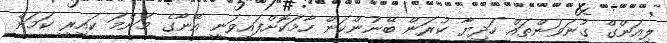
ލިއަންގް ގުނަވަންތައް ހަދިޔާ ކުރަން ބޭނުންކަން ހާމަކޮށްފައިވަނީ އޭނާގެ މަންމަ ކައިރީ ކަމަށް